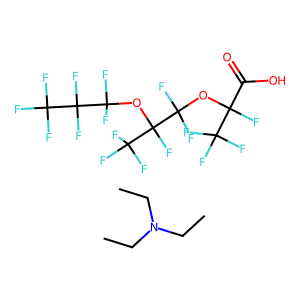
SMILES: CCN(CC)CC.O=C(O)C(F)(OC(F)(F)C(F)(OC(F)(F)C(F)(F)C(F)(F)F)C(F)(F)F)C(F)(F)F
Inhibits HIV replication: No